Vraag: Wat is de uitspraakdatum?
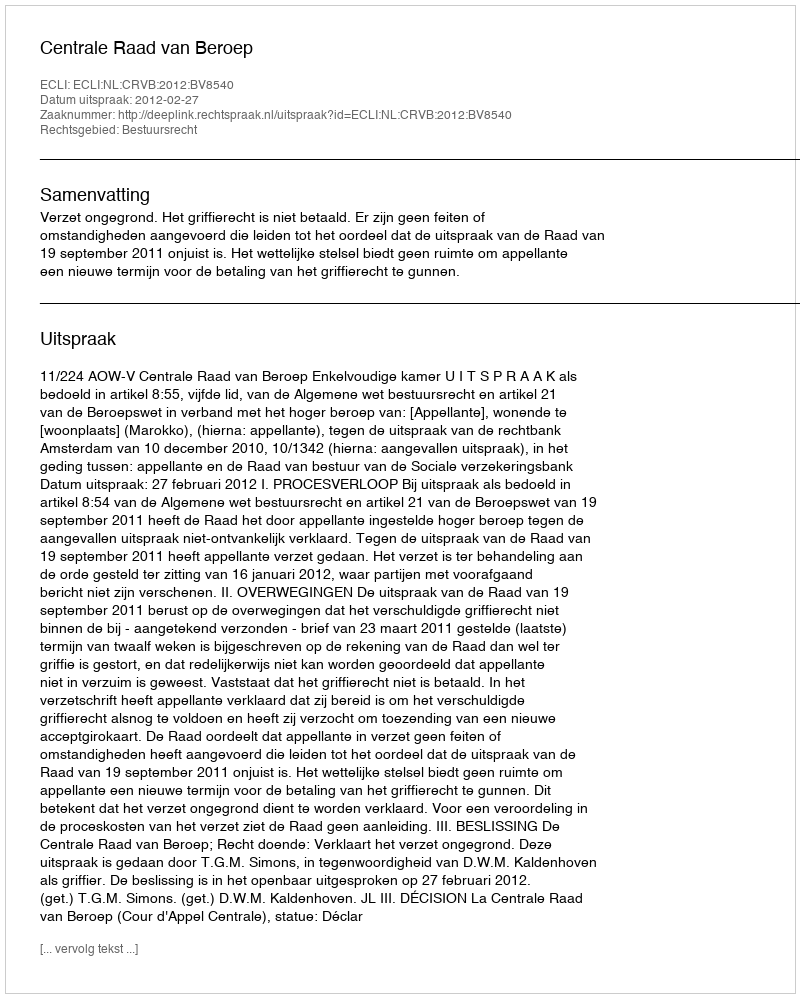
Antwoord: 2012-02-27